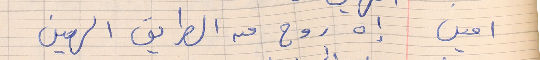
امين      إه روح من الطريق الهين